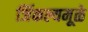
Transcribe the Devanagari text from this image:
जिंकल्यमूळे